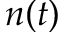
n ( t )